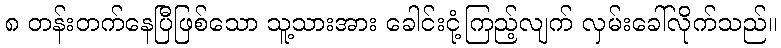
၈ တန်းတက်နေပြီဖြစ်သော သူ့သားအား ခေါင်းငုံ့ကြည့်လျက် လှမ်းခေါ်လိုက်သည်။